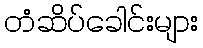
တံဆိပ်ခေါင်းများ